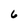
Character: 6